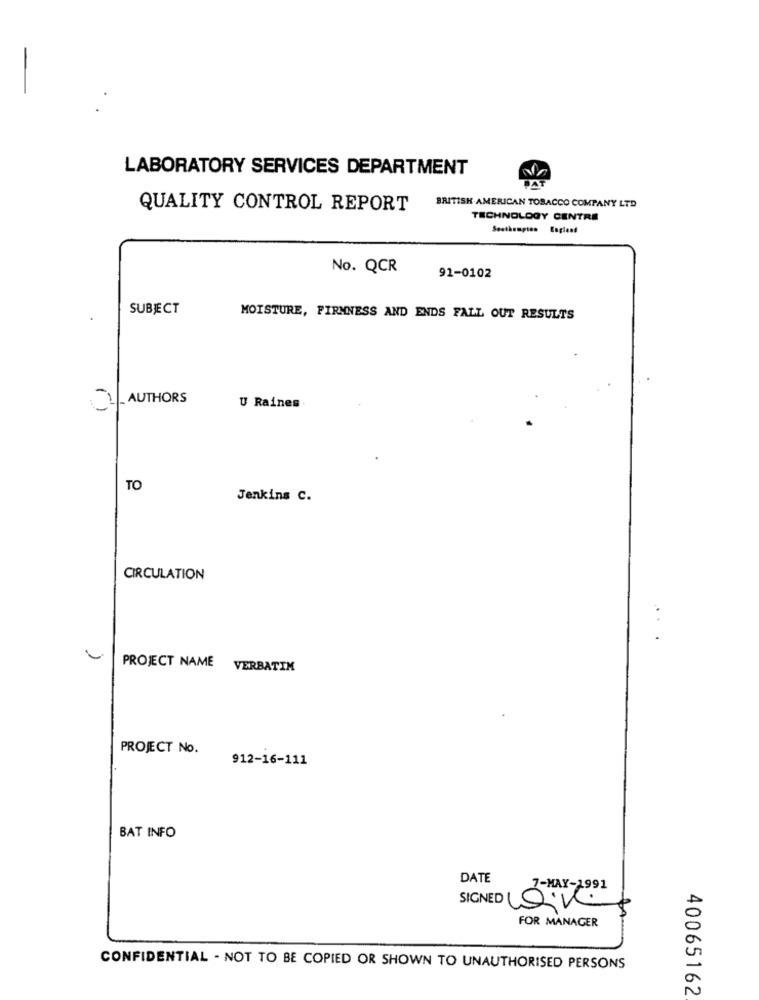
LABORATORY SERVICES DEPARTMENT
QUALITY CONTROL REPORT
BRITISH AMERICAN TOBACCO COMPANY LTD
TECHNOLOGY CENTRE
No. QCR
91-0102
SUBJECT
MOISTURE, FIRMNESS AND ENDS FALL OUT RESULTS
AUTHORS
U Raines
TO
Jenkins C.
CIRCULATION
PROJECT NAME VERBATIM
PROJECT No.
912-16-111
BAT INFO
DATE
7-MAY-1991
SIGNED LOV
FOR MANAGER
CONFIDENTIAL - NOT TO BE COPIED OR SHOWN TO UNAUTHORISED PERSONS
40065162